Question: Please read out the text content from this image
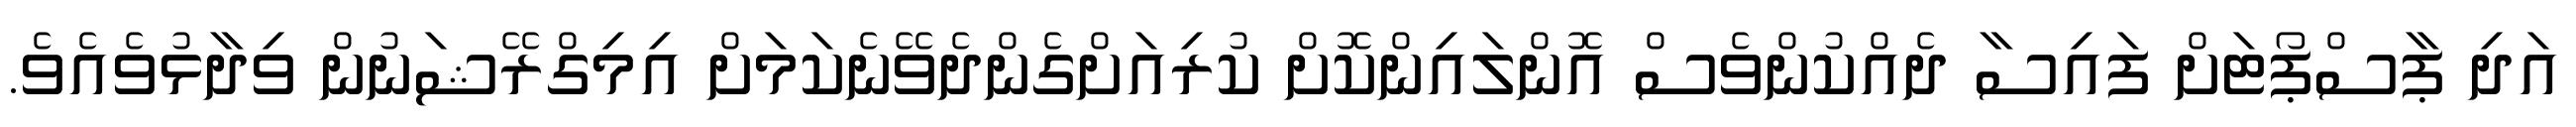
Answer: އަދި ޕާސްޕޯޓަށް ފައިސާ ދެއްކުންވެސް އޮންލައިންކޮށް ކުރިއަށްގެންދެވޭނެކަމަށް އިމިގްރޭޝަނުން ވިދާޅުވެއެވެ.